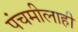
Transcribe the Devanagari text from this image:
पंचमीलाही